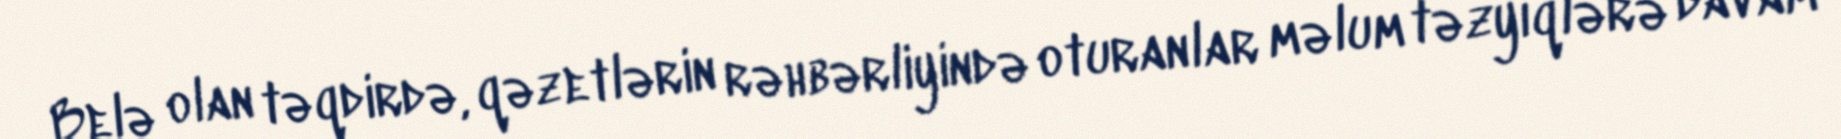
Belə olan təqdirdə, qəzetlərin rəhbərliyində oturanlar məlum təzyiqlərə davam